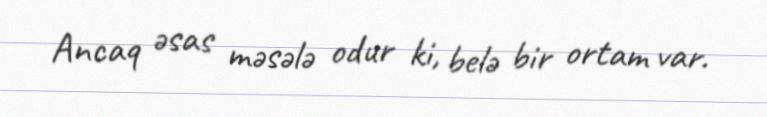
Ancaq əsas məsələ odur ki, belə bir ortam var.